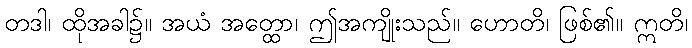
တဒါ၊ ထိုအခါ၌။ အယံ အတ္ထော၊ ဤအကျိုးသည်။ ဟောတိ၊ ဖြစ်၏။ ဣတိ၊